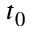
t _ { 0 }